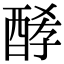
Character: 酵